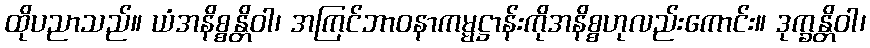
ထိုပညာသည်။ ယံအနိစ္စန္တိဝါ၊ အကြင်ဘာဝနာကမ္မဋ္ဌာန်းကိုအနိစ္စဟုလည်းကောင်း။ ဒုက္ခန္တိဝါ၊